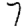
Digit: 7